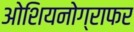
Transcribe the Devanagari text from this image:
ओशियनोग्राफर